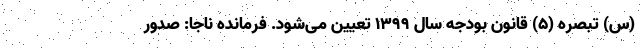
(س) تبصره (۵) قانون بودجه سال ۱۳۹۹ تعیین می‌شود. فرمانده ناجا: صدور